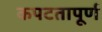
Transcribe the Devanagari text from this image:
कपटतापूर्ण